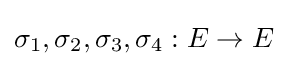
\sigma _{1},\sigma _{2},\sigma _{3},\sigma _{4}:E\to E